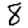
Digit: 8